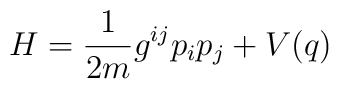
H = \frac{1}{2m} g^{ij} p_ip_j+ V(q)